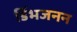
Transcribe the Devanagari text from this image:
डिंभजनन